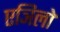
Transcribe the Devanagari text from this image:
एञिलो